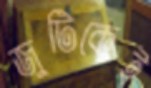
জুটিকেই